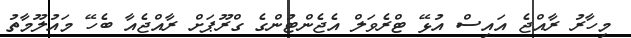
މިހާރު ރާއްޖެ އައިސް އުޅޭ ޓްރެވަލް އެޖެންޓުންގެ ގްރޫޕަށް ރާއްޖެއާ ބެހޭ މައުލޫމާތު